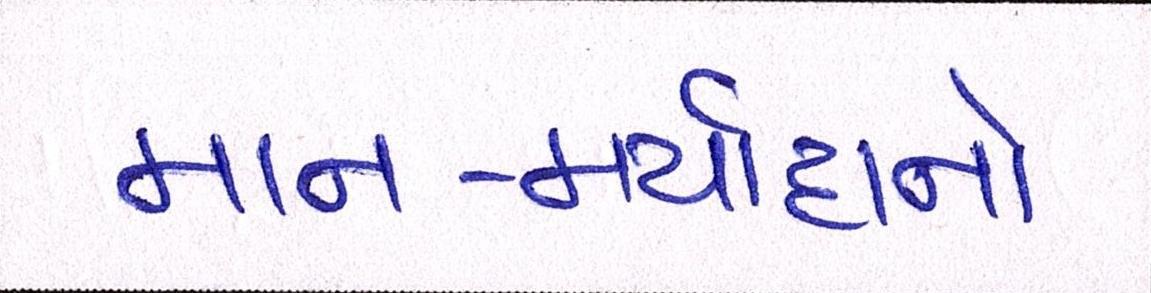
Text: માન-મર્યાદાનો